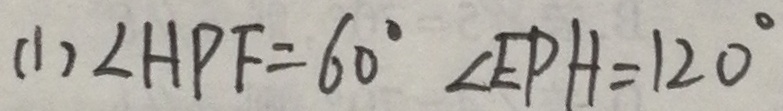
( 1 ) \angle H P F = 6 0 ^ { \circ } \angle E P H = 1 2 0 ^ { \circ }